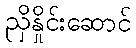
ညှိနှိုင်းဆောင်